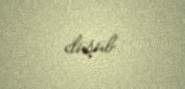
düşüb.